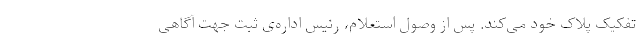
تفکیک پلاک خود می‌کند. پس از وصول استعلام، رئیس اداره‌ی ثبت جهت آگاهی